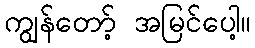
ကျွန်တော့် အမြင်ပေါ့။